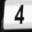
Digit: 4